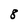
Character: 8